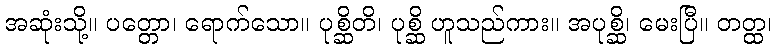
အဆုံးသို့။ ပတ္တော၊ ရောက်သော။ ပုစ္ဆိတိ၊ ပုစ္ဆိ ဟူသည်ကား။ အပုစ္ဆိ၊ မေးပြီ။ တတ္ထ၊